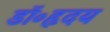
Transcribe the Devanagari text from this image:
डॉ॰हृदय